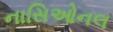
નાસિઓનલ